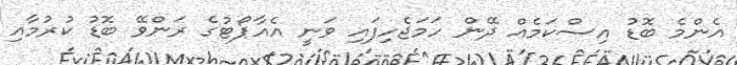
އެންމެ ބޮޑު އިސްކަމެއް ދޭން ހަމަޖެހިފައި ވަނީ އެއާޕޯޓުގެ ރަންވޭ ބޮޑު ކުރުމާއި